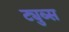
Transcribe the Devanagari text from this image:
ट्युब्स